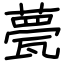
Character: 甍